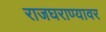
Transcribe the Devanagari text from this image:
राजघराण्यावर